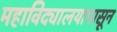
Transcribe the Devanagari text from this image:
महाविद्यालयापासून